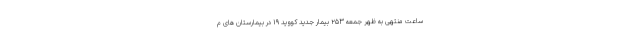
ساعت منتهی به ظهر جمعه ۲۵۳ بیمار جدید کووید ۱۹ در بیمارستان های م